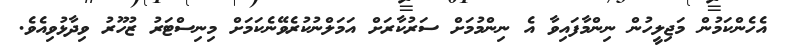
އެހެންކަމުން މަޖިލީހުން ނިންމާފައިވާ އެ ނިންމުމަށް ސަރުކާރަށް އަމަލްނުކުރެވޭނެކަމަށް މިނިސްޓަރު ޒުހޫރު ވިދާޅުވިއެވެ.